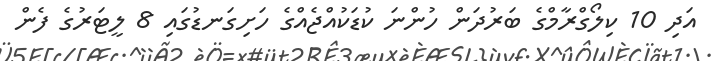
އަދި 10 ކިލޯގްރާމްގެ ބަރުދަން ހުންނަ ކުޑަކުއްޖެއްގެ ހަށިގަނޑުގައި 8 ލީޓަރުގެ ފެން